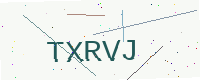
Text: TXRVJ